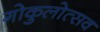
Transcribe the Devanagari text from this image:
गोकुलोत्सव